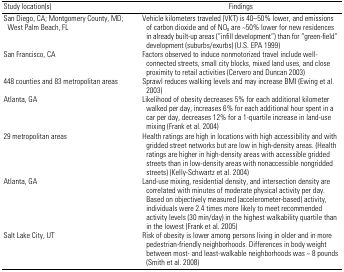
| Study location(s) | Findings |
 | --- | --- |
 | San Diego, CA; Montgomery County, MD; West Palm Beach, FL | Vehicle kilometers traveled (VKT) is 40–50% lower, and emissions of carbon dioxide and of NOx are ~50% lower for new residences in already built-up areas (“infill development”) than for “green-field” development (suburbs/exurbs) (U.S. EPA 1999) |
 | San Francisco, CA | Factors observed to induce nonmotorized travel include well-connected streets, small city blocks, mixed land uses, and close proximity to retail activities (Cervero and Duncan 2003) |
 | 448 counties and 83 metropolitan areas | Sprawl reduces walking levels and may increase BMI (Ewing et al. 2003) |
 | Atlanta, GA | Likelihood of obesity decreases 5% for each additional kilometer walked per day, increases 6% for each additional hour spent in a car per day, decreases 12% for a 1-quartile increase in land-use mixing (Frank et al. 2004) |
 | 29 metropolitan areas | Health ratings are high in locations with high accessibility and with gridded street networks but are low in high-density areas. (Health ratings are higher in high-density areas with accessible gridded streets than in low-density areas with nonaccessible nongridded streets) (Kelly-Schwartz et al. 2004) |
 | Atlanta, GA | Land-use mixing, residential density, and intersection density are correlated with minutes of moderate physical activity per day. Based on objectively measured (accelerometer-based) activity, individuals were 2.4 times more likely to meet recommended activity levels (30 min/day) in the highest walkability quartile than in the lowest (Frank et al. 2005) |
 | Salt Lake City, UT | Risk of obesity is lower among persons living in older and in more pedestrian-friendly neighborhoods. Differences in body weight between most- and least-walkable neighborhoods was ~ 8 pounds (Smith et al. 2008) |